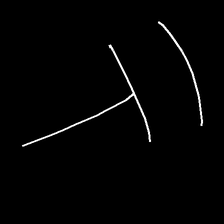
Glyph: dispersion